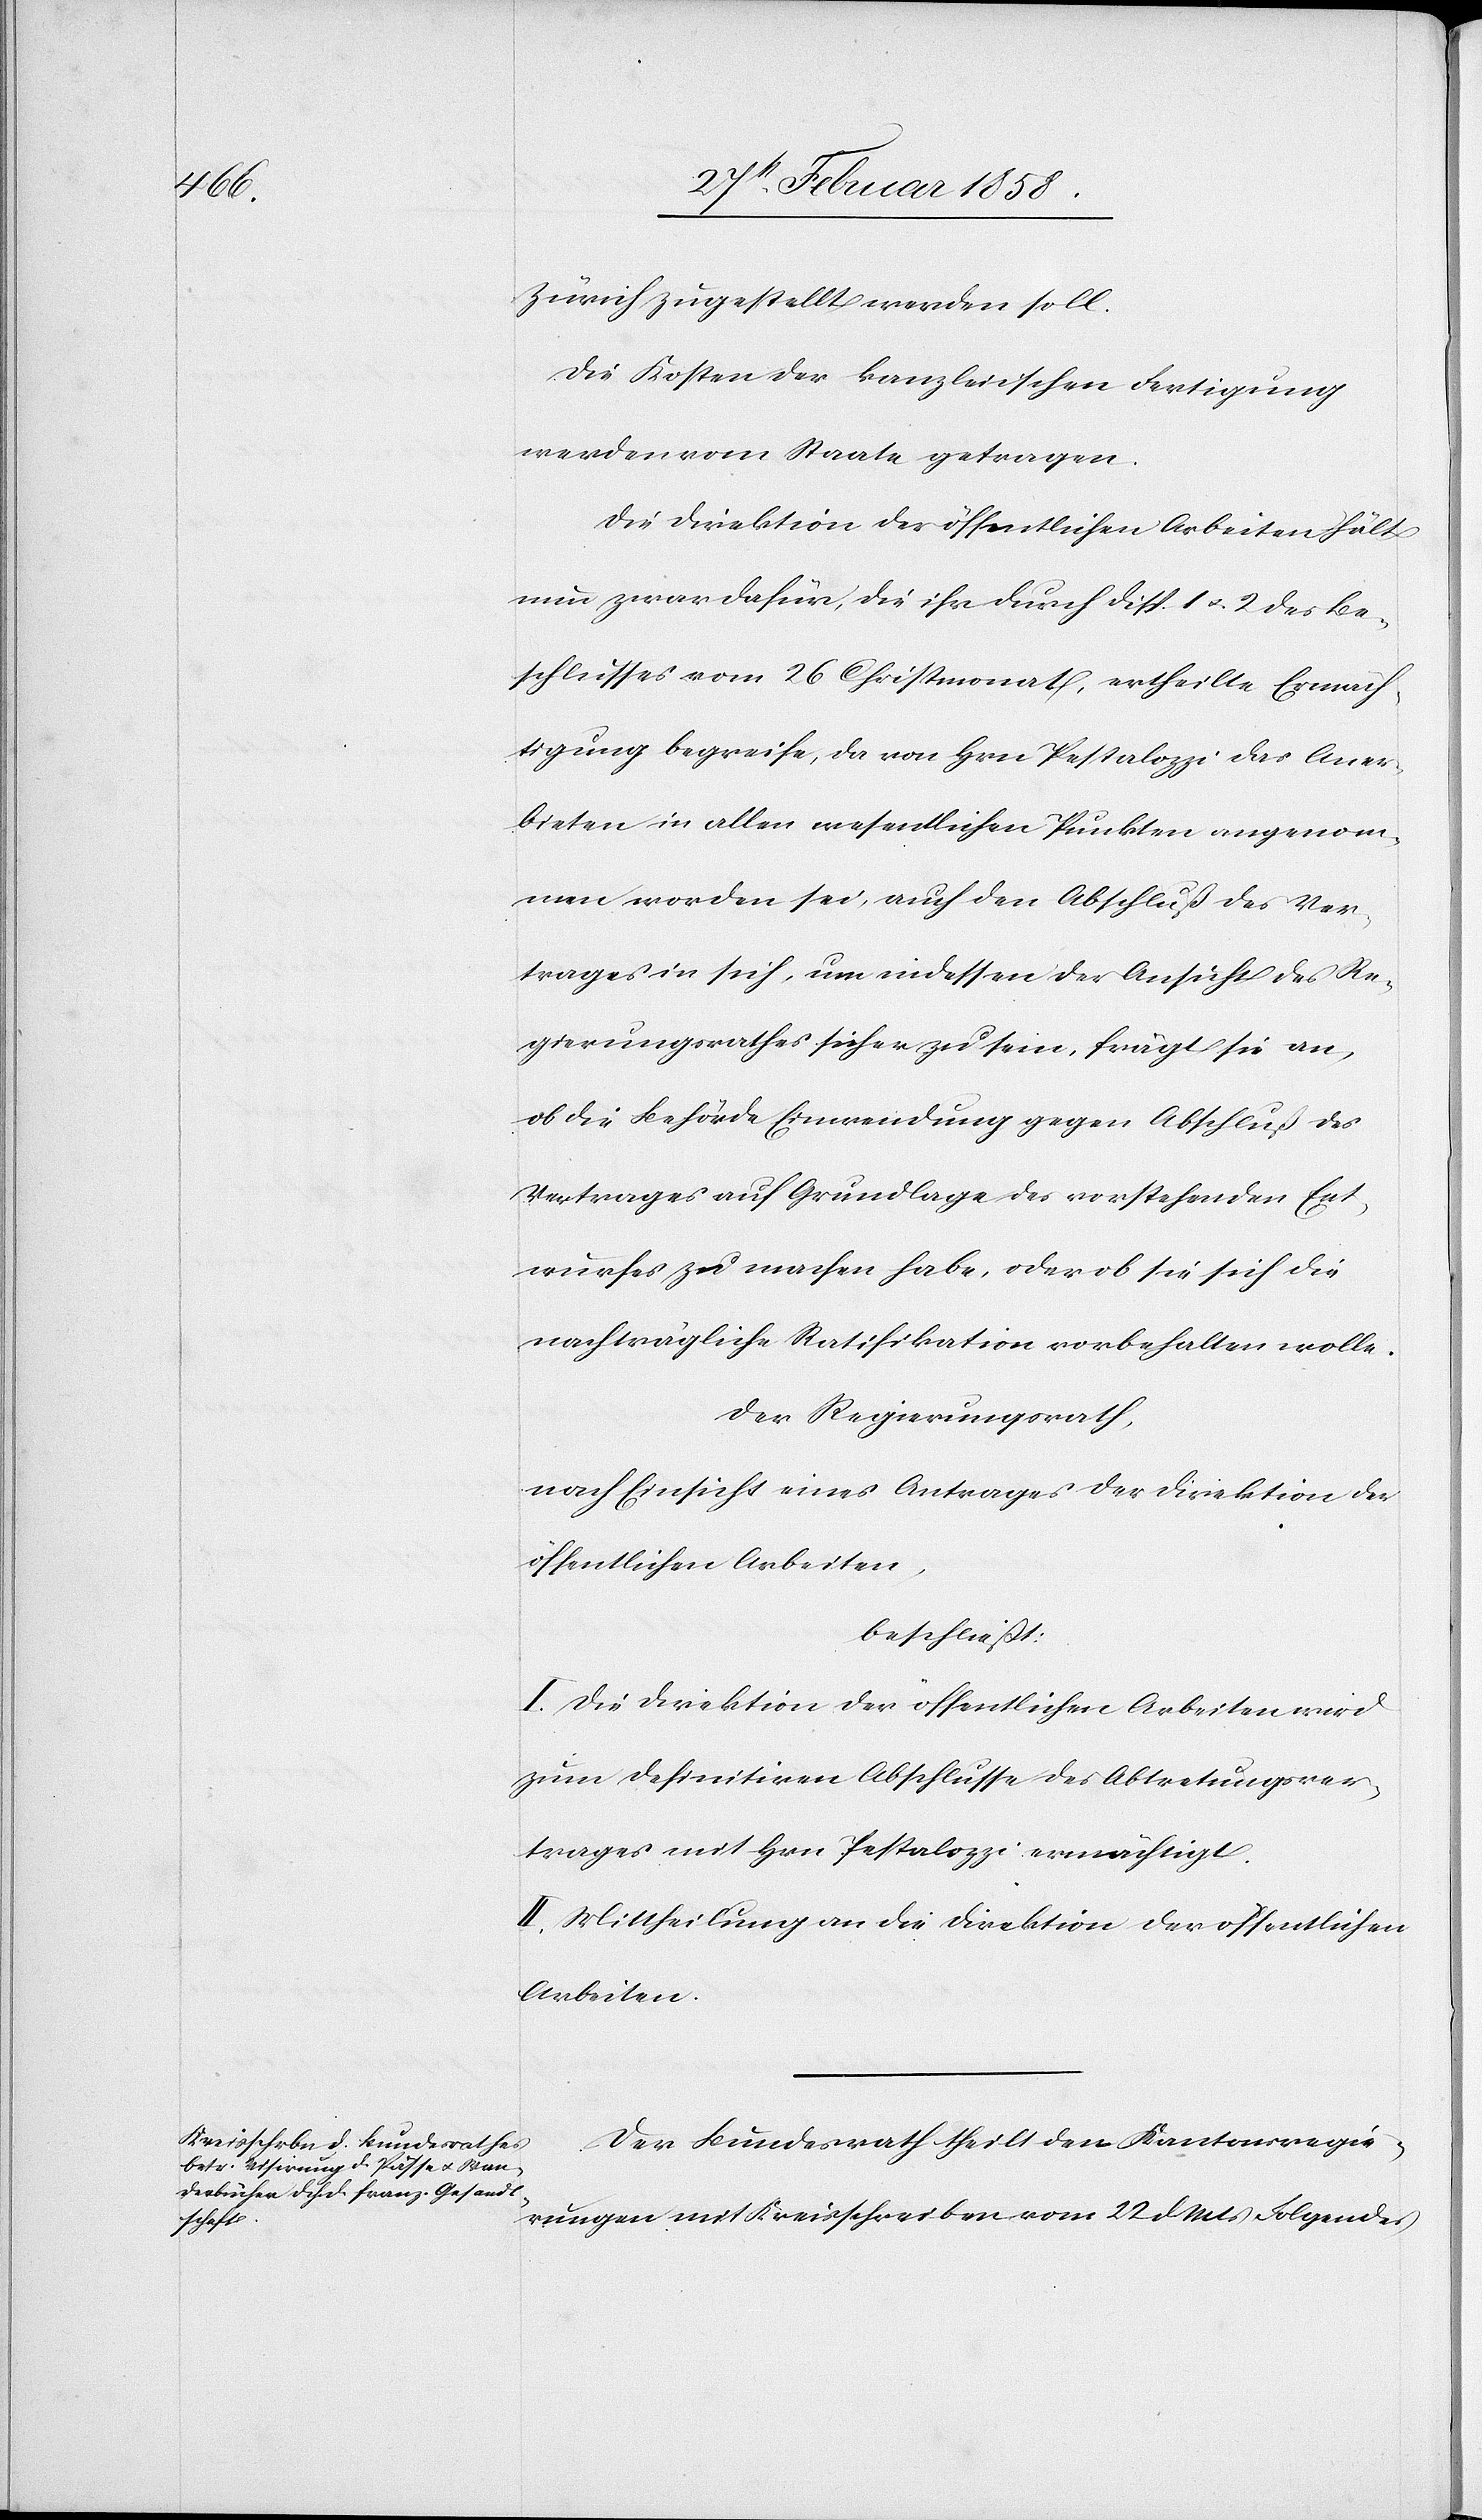
Zürich zugestellt werden soll.
Die Kosten der kanzleiischen Fertigung
werden vom Staate getragen.
Die Direktion der öffentlichen Arbeiten hält
nun zwar dafür, die ihr durch Disp. 1 u. 2 des Be¬
schlusses vom 26 Christmonat ertheilte Ermäch¬
tigung begreife, da von Hrn Pestalozzi das Aner¬
bieten in allen wesentlichen Punkten angenom¬
men worden sei, auch den Abschluß des Ver¬
trages in sich, um indessen der Ansicht des Re¬
gierungsrathes sicher zu sein, frägt sie an,
ob die Behörde Einwendung gegen Abschluß des
Vertrages auf Grundlage des vorstehenden Ent¬
wurfes zu machen habe, oder ob sie sich die
nachträgliche Ratifikation vorbehalten wolle.
Der Regierungsrath
nach Einsicht eines Antrages der Direktion der
öffentlichen Arbeiten,
beschließt:
I. Die Direktion der öffentlichen Arbeiten wird
zum definitiven Abschlusse des Abtretungsver¬
trages mit Hrn Pestalozzi ermächtigt.
II Mittheilung an die Direktion der öffentlichen
Arbeiten.
Der Bundesrath theilt den Kantonsregie¬
rungen mit Kreisschreiben vom 22 d. Mts Folgendes